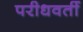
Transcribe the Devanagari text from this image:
परीधवर्ती